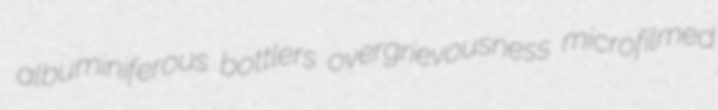
albuminiferous bottlers overgrievousness microfilmed